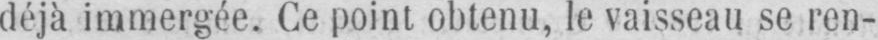
déjà immergée. Ce point obtenu, le vaisseau se ren-